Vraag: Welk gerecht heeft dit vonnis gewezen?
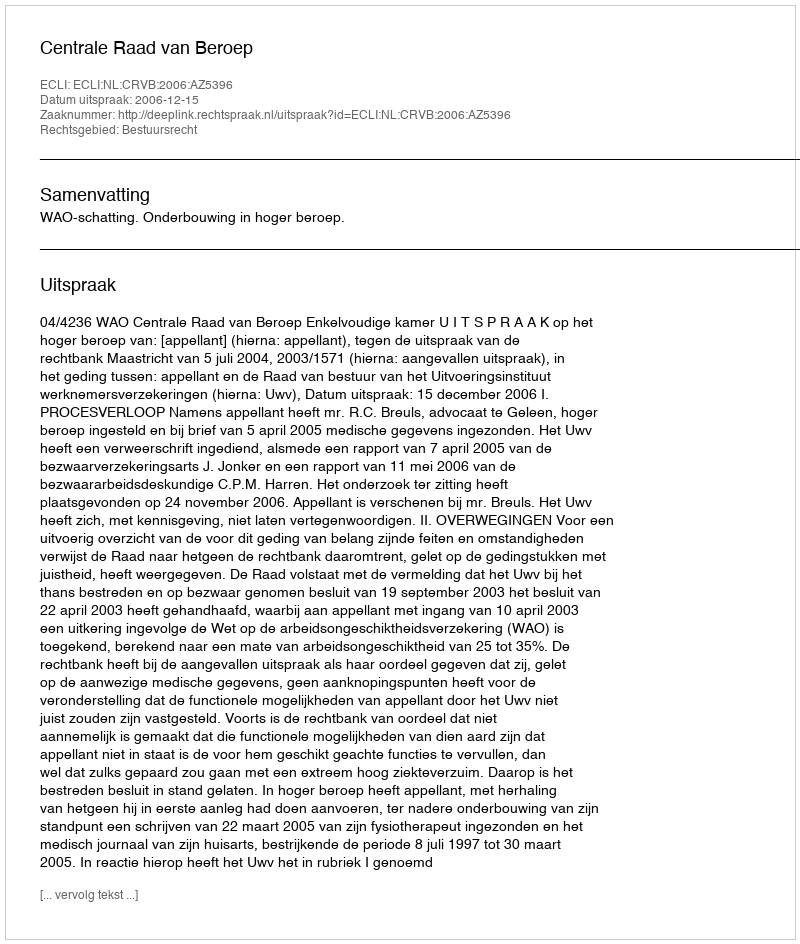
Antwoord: Centrale Raad van Beroep